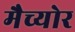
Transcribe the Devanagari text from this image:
मैच्योर